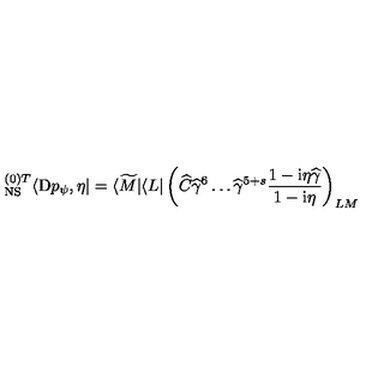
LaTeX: { } _ { \mathrm { N S } } ^ { ( 0 ) T } \langle \mathrm { D } p _ { \psi } , \eta | = \langle \widetilde M | \langle L | \left( \widehat C { \widehat { \gamma } } ^ { 6 } \dots { \widehat { \gamma } } ^ { 5 + s } \frac { 1 - \mathrm { i } \eta \widehat \gamma } { 1 - \mathrm { i } \eta } \right) _ { L M }